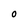
Character: 0